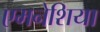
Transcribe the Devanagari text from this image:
एमनेशिया